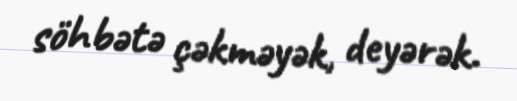
söhbətə çəkməyək, deyərək.